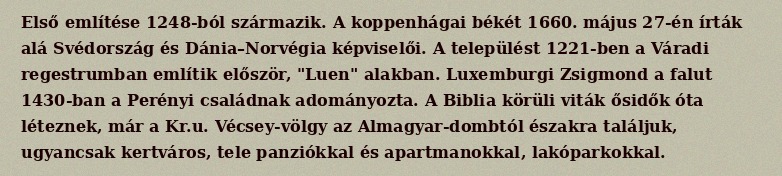
Első említése 1248-ból származik. A koppenhágai békét 1660. május 27-én írták alá Svédország és Dánia–Norvégia képviselői. A települést 1221-ben a Váradi regestrumban említik először, "Luen" alakban. Luxemburgi Zsigmond a falut 1430-ban a Perényi családnak adományozta. A Biblia körüli viták ősidők óta léteznek, már a Kr.u. Vécsey-völgy az Almagyar-dombtól északra találjuk, ugyancsak kertváros, tele panziókkal és apartmanokkal, lakóparkokkal.